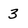
Character: 3